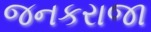
જનકરાજા